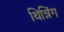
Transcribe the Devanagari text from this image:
थिन्निंग